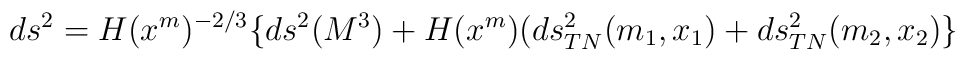
ds^2 = H(x^m)^{-2/3} \lbrace ds^2(M^3) + H(x^m) (ds^2_{TN}(m_{1},x_{1}) + ds^2_{TN}(m_{2}, x_{2}) \rbrace